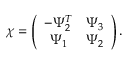
\chi = \left( \begin{array} { c c } { { - \Psi _ { 2 } ^ { T } } } & { { \Psi _ { 3 } } } \\ { { \Psi _ { 1 } } } & { { \Psi _ { 2 } } } \end{array} \right) .